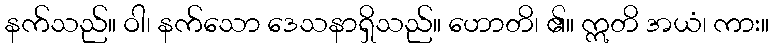
နက်သည်။ ဝါ၊ နက်သော ဒေသနာရှိသည်။ ဟောတိ၊ ၏။ ဣတိ အယံ၊ ကား။